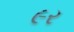
૯ર